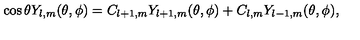
\cos { \theta } Y _ { l , m } ( \theta , \phi ) = C _ { l + 1 , m } Y _ { l + 1 , m } ( \theta , \phi ) + C _ { l , m } Y _ { l - 1 , m } ( \theta , \phi ) ,